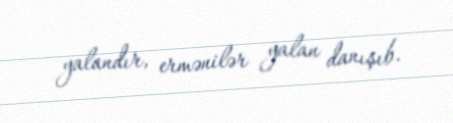
yalandır, ermənilər yalan danışıb.